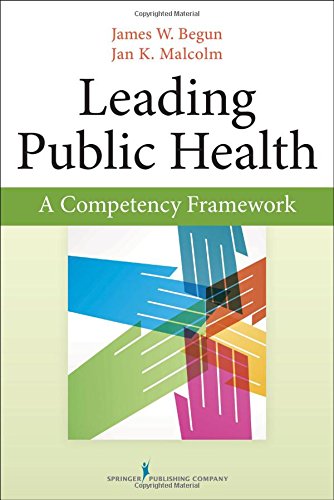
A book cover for Leading Public Health: A Competency Framework; James Begun Ph.D.; Medical Books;